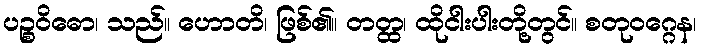
ပဉ္စဝိဓော၊ သည်။ ဟောတိ၊ ဖြစ်၏။ တတ္ထ၊ ထိုငါးပါးတို့တွင်။ စတုဝဂ္ဂေန၊